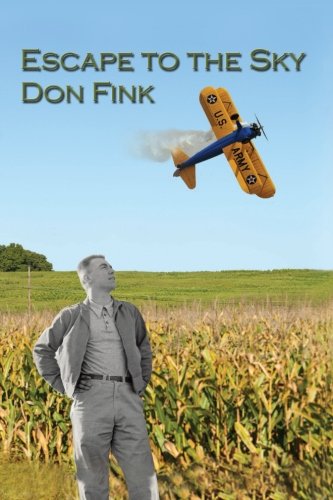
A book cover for Escape to the Sky; Donald E. Fink; Sports & Outdoors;